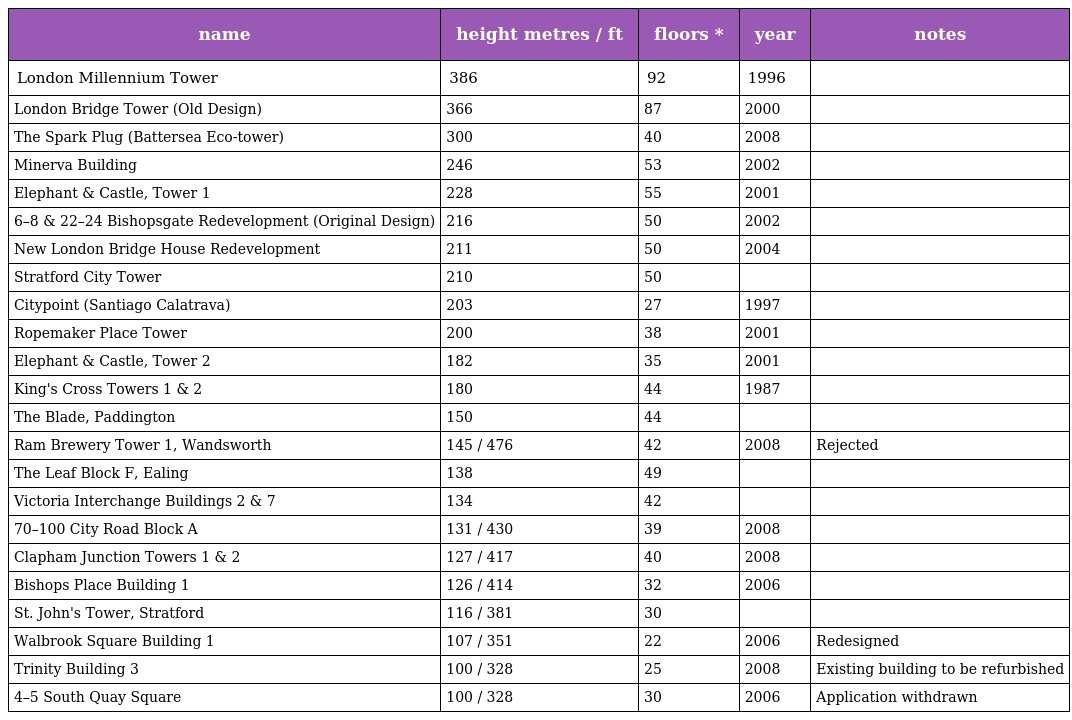
| name | height metres / ft | floors * | year | notes |
 | --- | --- | --- | --- | --- |
 | London Millennium Tower | 386 | 92 | 1996 |  |
 | London Bridge Tower (Old Design) | 366 | 87 | 2000 |  |
 | The Spark Plug (Battersea Eco-tower) | 300 | 40 | 2008 |  |
 | Minerva Building | 246 | 53 | 2002 |  |
 | Elephant & Castle, Tower 1 | 228 | 55 | 2001 |  |
 | 6–8 & 22–24 Bishopsgate Redevelopment (Original Design) | 216 | 50 | 2002 |  |
 | New London Bridge House Redevelopment | 211 | 50 | 2004 |  |
 | Stratford City Tower | 210 | 50 |  |  |
 | Citypoint (Santiago Calatrava) | 203 | 27 | 1997 |  |
 | Ropemaker Place Tower | 200 | 38 | 2001 |  |
 | Elephant & Castle, Tower 2 | 182 | 35 | 2001 |  |
 | King's Cross Towers 1 & 2 | 180 | 44 | 1987 |  |
 | The Blade, Paddington | 150 | 44 |  |  |
 | Ram Brewery Tower 1, Wandsworth | 145 / 476 | 42 | 2008 | Rejected |
 | The Leaf Block F, Ealing | 138 | 49 |  |  |
 | Victoria Interchange Buildings 2 & 7 | 134 | 42 |  |  |
 | 70–100 City Road Block A | 131 / 430 | 39 | 2008 |  |
 | Clapham Junction Towers 1 & 2 | 127 / 417 | 40 | 2008 |  |
 | Bishops Place Building 1 | 126 / 414 | 32 | 2006 |  |
 | St. John's Tower, Stratford | 116 / 381 | 30 |  |  |
 | Walbrook Square Building 1 | 107 / 351 | 22 | 2006 | Redesigned |
 | Trinity Building 3 | 100 / 328 | 25 | 2008 | Existing building to be refurbished |
 | 4–5 South Quay Square | 100 / 328 | 30 | 2006 | Application withdrawn |